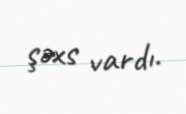
şəxs vardı.